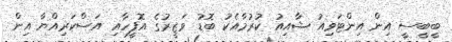
ބީބީސީ އިން އިންޓަވިއު ޝާއިއު ކުރުމާއެކު ބޮޑު ވަޒީރުގެ އޮފީހާއި އަސްކަރިއްޔާ އިން